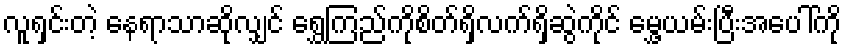
လူရှင်းတဲ့ နေရာသာဆိုလျှင် ရွှေကြည်ကိုစိတ်ရှိလက်ရှိဆွဲကိုင် မွှေ့ယမ်းပြီးအပေါ်ကို